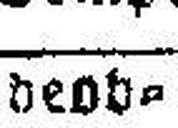
beob¬